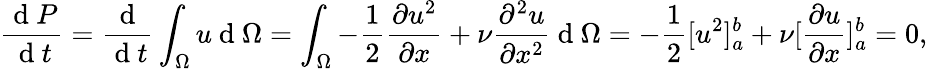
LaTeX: \frac{\mathrm{~d~}P}{\mathrm{~d~}t}=\frac{\mathrm{~d~}}{\mathrm{~d~}t}\int_{\Omega}u\mathrm{~d~}\Omega=\int_{\Omega}-\frac{1}{2}\frac{\partial u^{2}}{\partial x}+\nu\frac{\partial^{2}u}{\partial x^{2}}\mathrm{~d~}\Omega=-\frac{1}{2}[u^{2}]_{a}^{b}+\nu[\frac{\partial u}{\partial x}]_{a}^{b}=0,